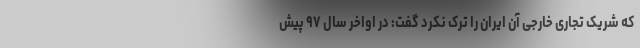
که شریک تجاری خارجی آن ایران را ترک نکرد گفت: در اواخر سال ۹۷ پیش